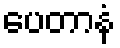
ပေတာနံ